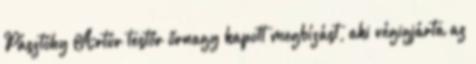
Pásztóhy Artúr testőr őrnagy kapott megbízást, aki végigjárta az